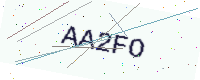
Text: AA2FO